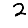
Digit: 2